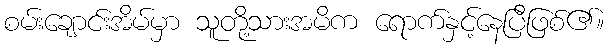
စမ်းချောင်းအိမ်မှာ သူတို့သားအမိက ရောက်နှင့်နေပြီဖြစ်၏။